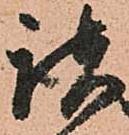
諸